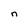
Character: n